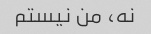
نه، من نیستم